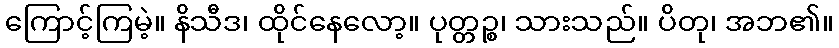
ကြောင့်ကြမဲ့။ နိသီဒ၊ ထိုင်နေလော့။ ပုတ္တဉ္စ၊ သားသည်။ ပိတု၊ အဘ၏။